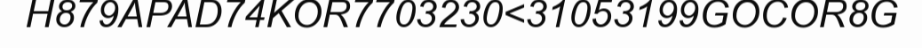
H879APAD74KOR7703230<31053199GOCOR8G